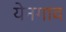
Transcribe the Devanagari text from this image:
येनगाव